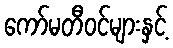
ကော်မတီဝင်များနှင့်